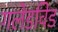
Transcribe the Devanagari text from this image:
गलेडविड